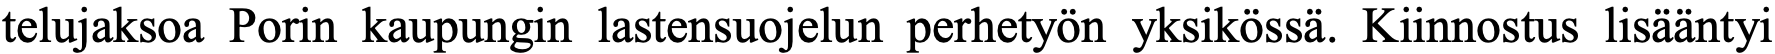
telujaksoa Porin kaupungin lastensuojelun perhetyön yksikössä. Kiinnostus lisääntyi